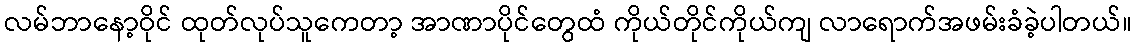
လမ်ဘာနော့ဝိုင် ထုတ်လုပ်သူကေတာ့ အာဏာပိုင်တွေထံ ကိုယ်တိုင်ကိုယ်ကျ လာရောက်အဖမ်းခံခဲ့ပါတယ်။